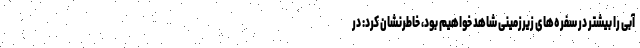
آبی را بیشتر در سفره‌های زیرزمینی شاهد خواهیم بود، خاطرنشان کرد: در